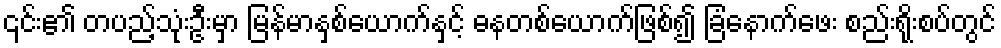
၎င်း၏ တပည့်သုံးဦးမှာ မြန်မာနှစ်ယောက်နှင့် ဓနတစ်ယောက်ဖြစ်၍ ခြံနောက်ဖေး စည်းရိုးစပ်တွင်